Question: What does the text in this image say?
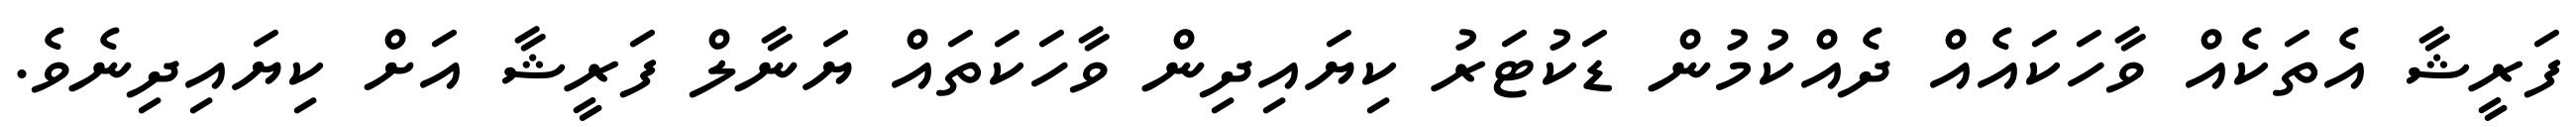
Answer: ފަރީޝާ އެތަކެއް ވާހަކައެއް ދެއްކުމުން ޑަކުޓަރު ކިޔައިދިން ވާހަކަތައް ޔަނާލް ފަރީޝާ އަށް ކިޔައިދިނެވެ.